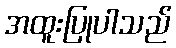
အထူးပြုပါသည်